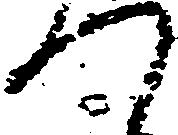
つ